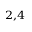
^ { 2 , 4 }